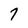
Character: 7